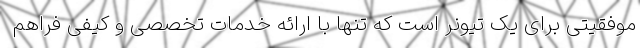
موفقیتی برای یک تیونر است که تنها با ارائه خدمات تخصصی و کیفی فراهم